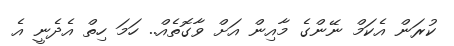
ކުރަން އެކަމް ނޭންގެ މާއިން އަށް ވާގޮތެއް.. ހަމަ ހިތް އެދެނީ އެ